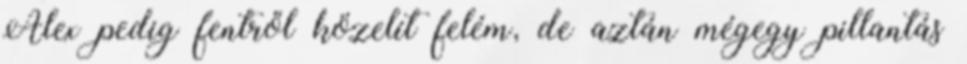
Alex pedig fentről közelít felém, de aztán mégegy pillantás